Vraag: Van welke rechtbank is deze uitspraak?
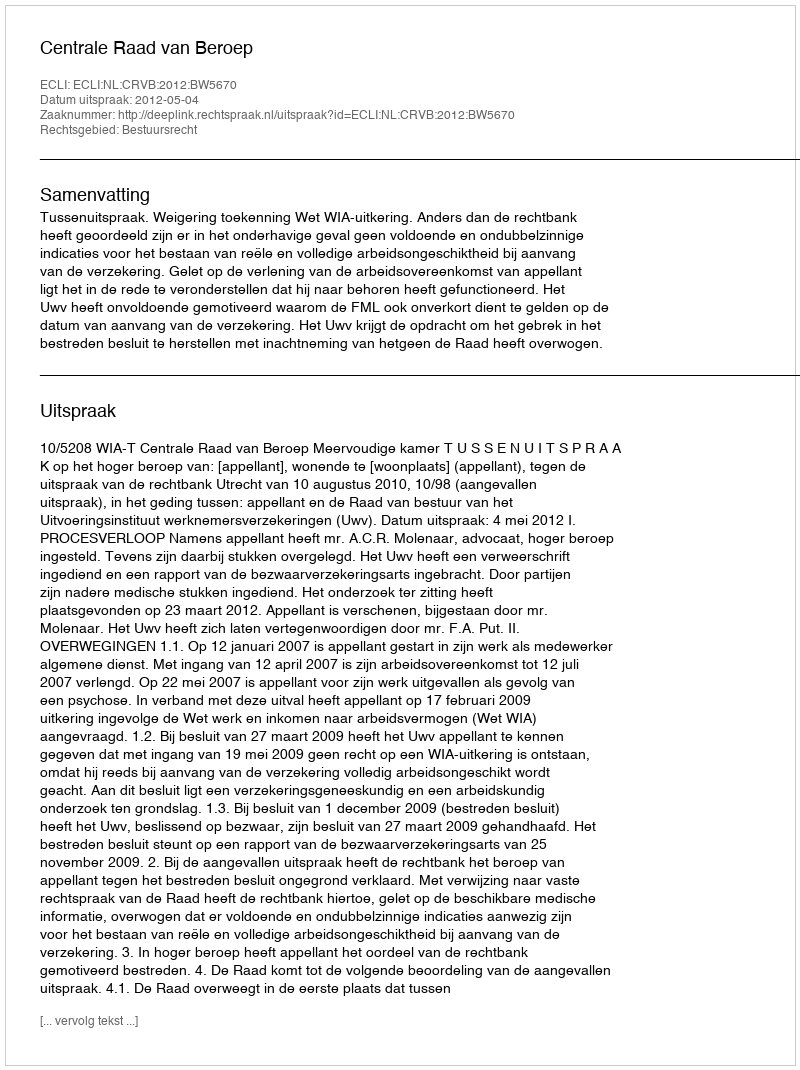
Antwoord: Centrale Raad van Beroep